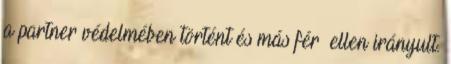
a partner védelmében történt és más férﬁ ellen irányult.